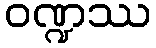
ဝဏ္ဍဿ